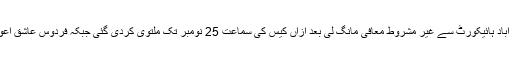
دور ان سماعت وفاقی وزیر سرور خان نے اسلام آباد ہائیکورٹ سے غیر مشروط معافی مانگ لی بعد ازاں کیس کی سماعت 25 نومبر تک ملتوی کردی گئی جبکہ فردوس عاشق اعوان توہین عدالت کیس پر فیصلہ محفوظ کرلیا گیا ۔